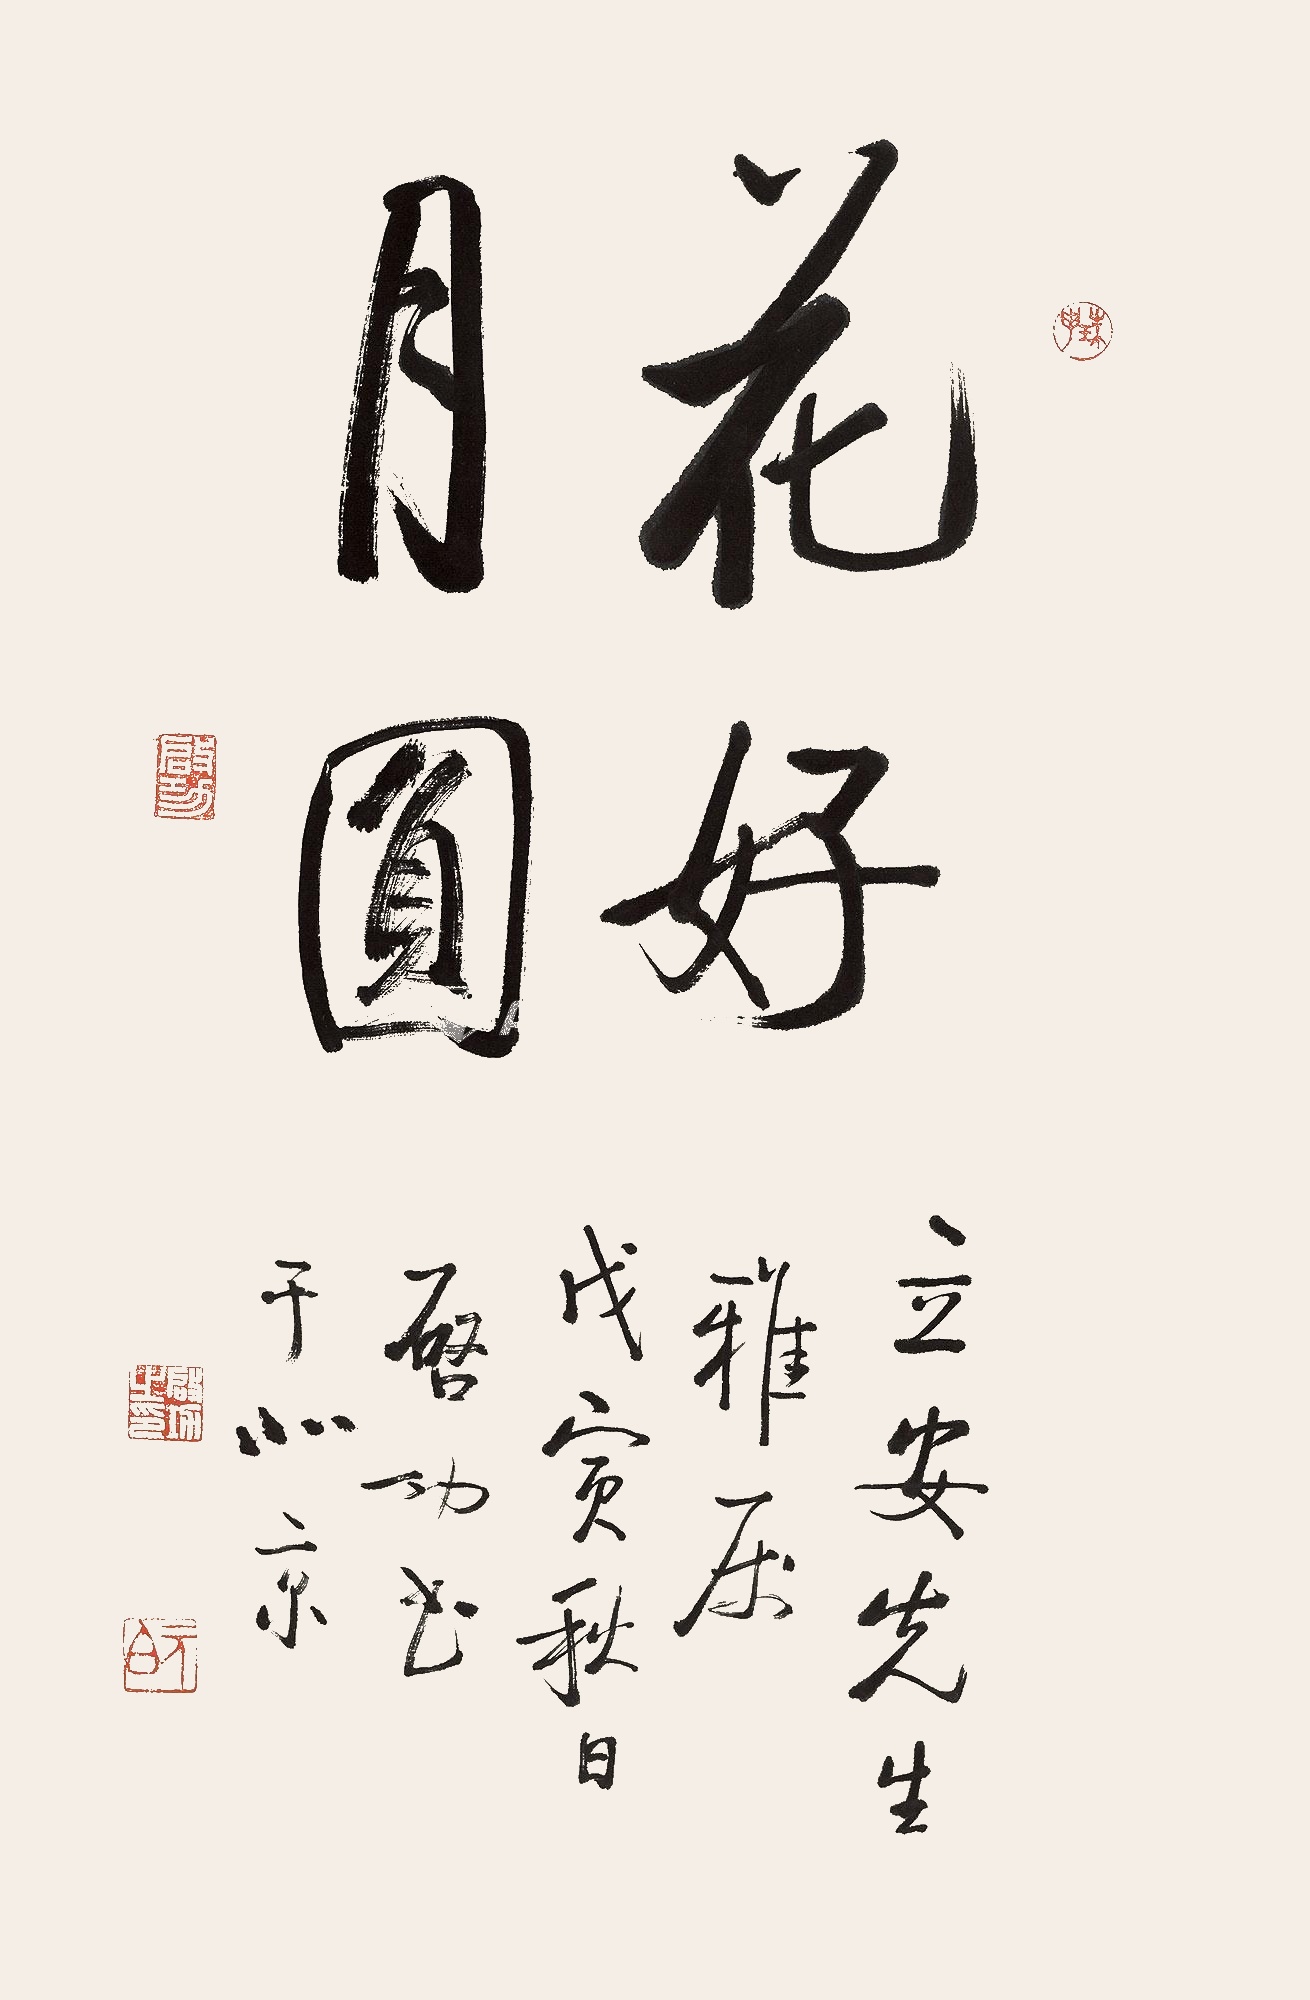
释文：花好月圆。立安先生雅属。戊寅秋日，启功书于北京。